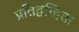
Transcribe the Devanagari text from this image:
प्रतिद्वंन्द्विता